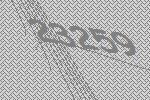
23259